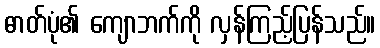
ဓာတ်ပုံ၏ ကျောဘက်ကို လှန်ကြည့်ပြန်သည်။